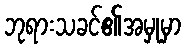
ဘုရားသခင်၏အမှုမှာ